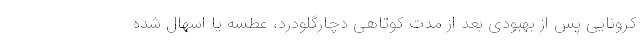
کرونایی پس از بهبودی بعد از مدت کوتاهی دچارگلودرد، عطسه یا اسهال شده